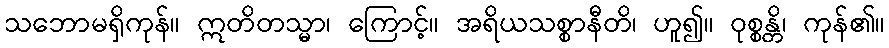
သဘောမရှိကုန်။ ဣတိတသ္မာ၊ ကြောင့်။ အရိယသစ္စာနီတိ၊ ဟူ၍။ ဝုစ္စန္တိ၊ ကုန်၏။